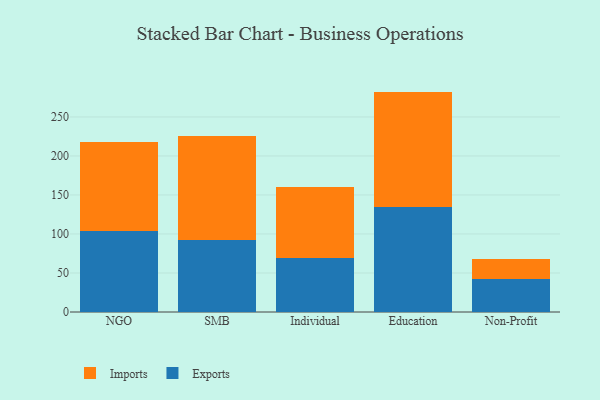
{"axis": {"x": "Segment", "y": "Gross Profit (USD K)"}, "legend": ["Exports", "Imports"], "data": [{"x": "NGO", "y": 103.5, "type": "Exports"}, {"x": "NGO", "y": 114.0, "type": "Imports"}, {"x": "SMB", "y": 92.3, "type": "Exports"}, {"x": "SMB", "y": 133.1, "type": "Imports"}, {"x": "Individual", "y": 68.6, "type": "Exports"}, {"x": "Individual", "y": 91.3, "type": "Imports"}, {"x": "Education", "y": 135.0, "type": "Exports"}, {"x": "Education", "y": 147.5, "type": "Imports"}, {"x": "Non-Profit", "y": 42.8, "type": "Exports"}, {"x": "Non-Profit", "y": 25.0, "type": "Imports"}]}